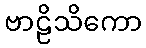
ဗာဠိသိကော